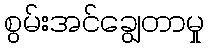
စွမ်းအင်ချွေတာမှု